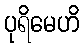
ပုရိမေဟိ